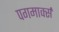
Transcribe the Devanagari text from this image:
पगमार्क्स